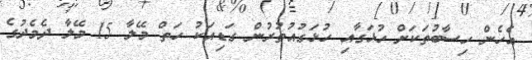
އެހެން ހިސާބުތަކަށް ހުޅަގާއި ހުޅަގުއުތުރުން ގަޑިއަކު ހަތް މޭލާ 15 މޭލާ ދެމެދުގެ